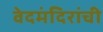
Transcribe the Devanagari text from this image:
वेदमंदिरांची